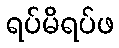
ရပ်မိရပ်ဖ